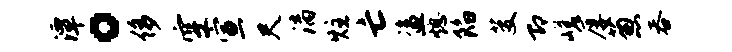
潭。侈空宣尺漓炷亡盗熄陷芟即嵯厚葱吞